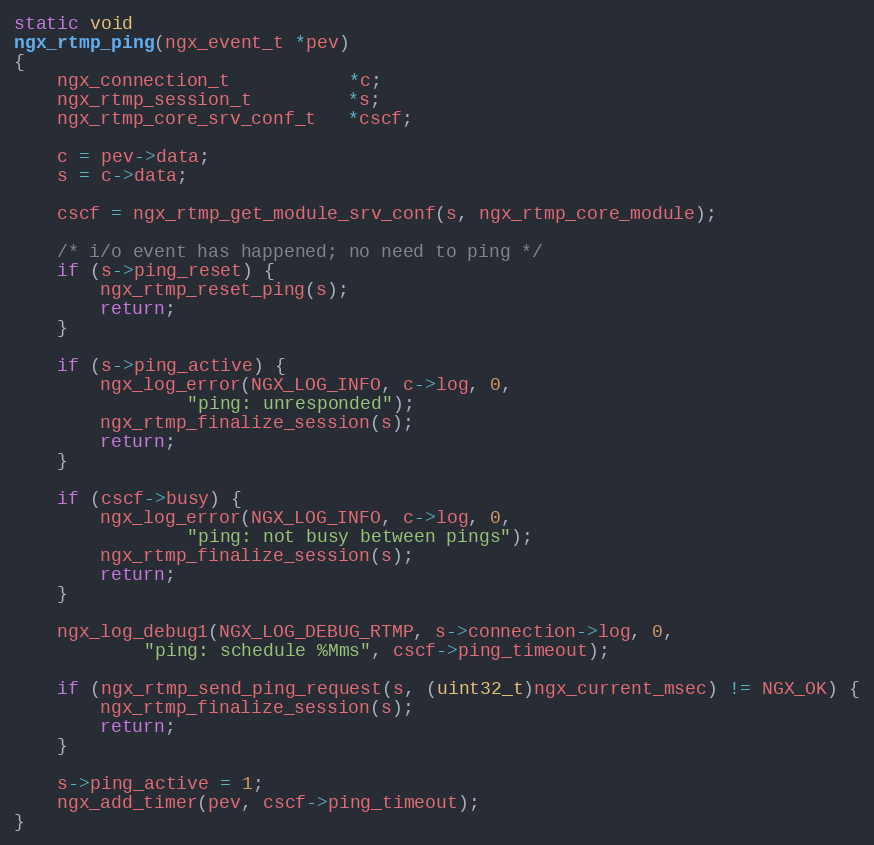
Language: C
static void
ngx_rtmp_ping(ngx_event_t *pev)
{
    ngx_connection_t           *c;
    ngx_rtmp_session_t         *s;
    ngx_rtmp_core_srv_conf_t   *cscf;

    c = pev->data;
    s = c->data;

    cscf = ngx_rtmp_get_module_srv_conf(s, ngx_rtmp_core_module);

    /* i/o event has happened; no need to ping */
    if (s->ping_reset) {
        ngx_rtmp_reset_ping(s);
        return;
    }

    if (s->ping_active) {
        ngx_log_error(NGX_LOG_INFO, c->log, 0,
                "ping: unresponded");
        ngx_rtmp_finalize_session(s);
        return;
    }

    if (cscf->busy) {
        ngx_log_error(NGX_LOG_INFO, c->log, 0,
                "ping: not busy between pings");
        ngx_rtmp_finalize_session(s);
        return;
    }

    ngx_log_debug1(NGX_LOG_DEBUG_RTMP, s->connection->log, 0,
            "ping: schedule %Mms", cscf->ping_timeout);

    if (ngx_rtmp_send_ping_request(s, (uint32_t)ngx_current_msec) != NGX_OK) {
        ngx_rtmp_finalize_session(s);
        return;
    }

    s->ping_active = 1;
    ngx_add_timer(pev, cscf->ping_timeout);
}